Annual report on the working of the lock hospitals in the Central Provinces
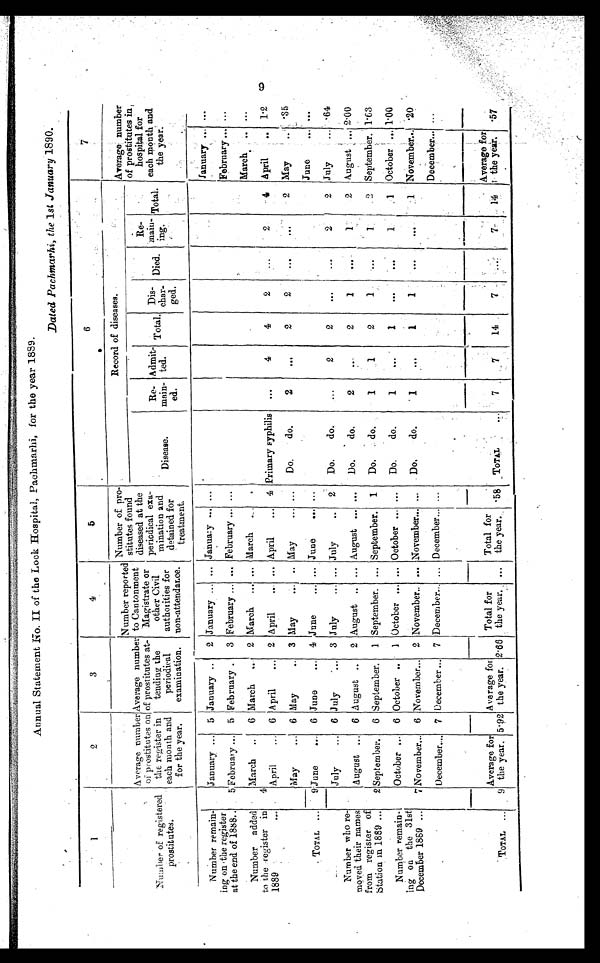
Annual Statement No. II of the Look Hospital, Pachmarhi, for the year 1859.
Dated Pachmarhi, the 1st January 1890.
1
2
3
4
5
6
7
Average number
of prostitutes in,
hospital for
each month and
the year.
Record of diseases.
Number of registered
prostitutes.
Average number
of prostitutes on
the register in
each month and
for the year.
Average number
of prostitutes at-
tending the
periodical
examination.
Number reported
to Cantonment
Magistrate or
other Civil
authorities for
non-attendance.
Number of pro-
stitutes found
diseased at the
periodical exa-
mination and
detained for
treatment.
Disease.
Re-
main-
ed.
Admit-
ted.
Total.
Dis-
char-
ged.
Died.
Re —
main-
ing.
Total.
Number remain-
ing on the register
at the end of 1888
January
5 January
2 January
... January
...
January
...
5 February
5 February
3 February
... February
...
February
...
Number added
to the register in
1889
4
March
6 March
2 March
... March
. . .
March
. . .
April
6 April
2 April
... April
4 Primary syphilis
...
4
4
2
...
2
4 April
1.2
May
6 May
3 May
. . . May
...
Do. do.
2
. . .
2
2
...
...
2 May
.35
TOTAL
9 June
6 June
4 June
... June
...
June
...
July
6 July
3 July
... July
2
Do. do.
...
2
2
...
...
2
2
July
.64
Number who re-
moved their names
from register of
Station in 1889
August
6 August
2 August
... August
...
Do. do.
2
. . .
2
1
. . .
1
2 August
2.00
2 September.
6 September.
1 September.
... September.
1
Do. do.
1
1
2
1
...
1
2 September. 1.63
Number remain-
ing on the 31st
December 1889
October
6 October
1 October
... October
...
Do. do.
1
. . .
1
. . .
. . .
1
1
October
1.00
7 November
6 November
2 November ...
November
...
Do.
do.
1
. . .
1
1
. . .
. . .
1 November
.20
December
7 December
7 December
... December
...
December
...
TOTAL
9
Average for
the year. 5 . 92
Average for
the year. 2.66
Total for
the year.
...
Total for
the year. .58
TOTAL
7
7
14
7
. . .
7
14
Average for
the yeas .57
9